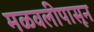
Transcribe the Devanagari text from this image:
मळवलीपासून